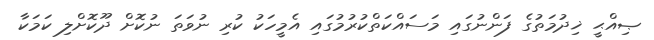
ޞިއްޙީ ޚިދުމަތުގެ ފަންނުގައި މަސައްކަތްކުރުމުގައި އެމީހަކު ކުރި ނުވަތަ ނުކޮށް ދޫކޮށްލި ކަމަކާ